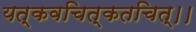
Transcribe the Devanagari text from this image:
यत्कवचित्कतचित्।।